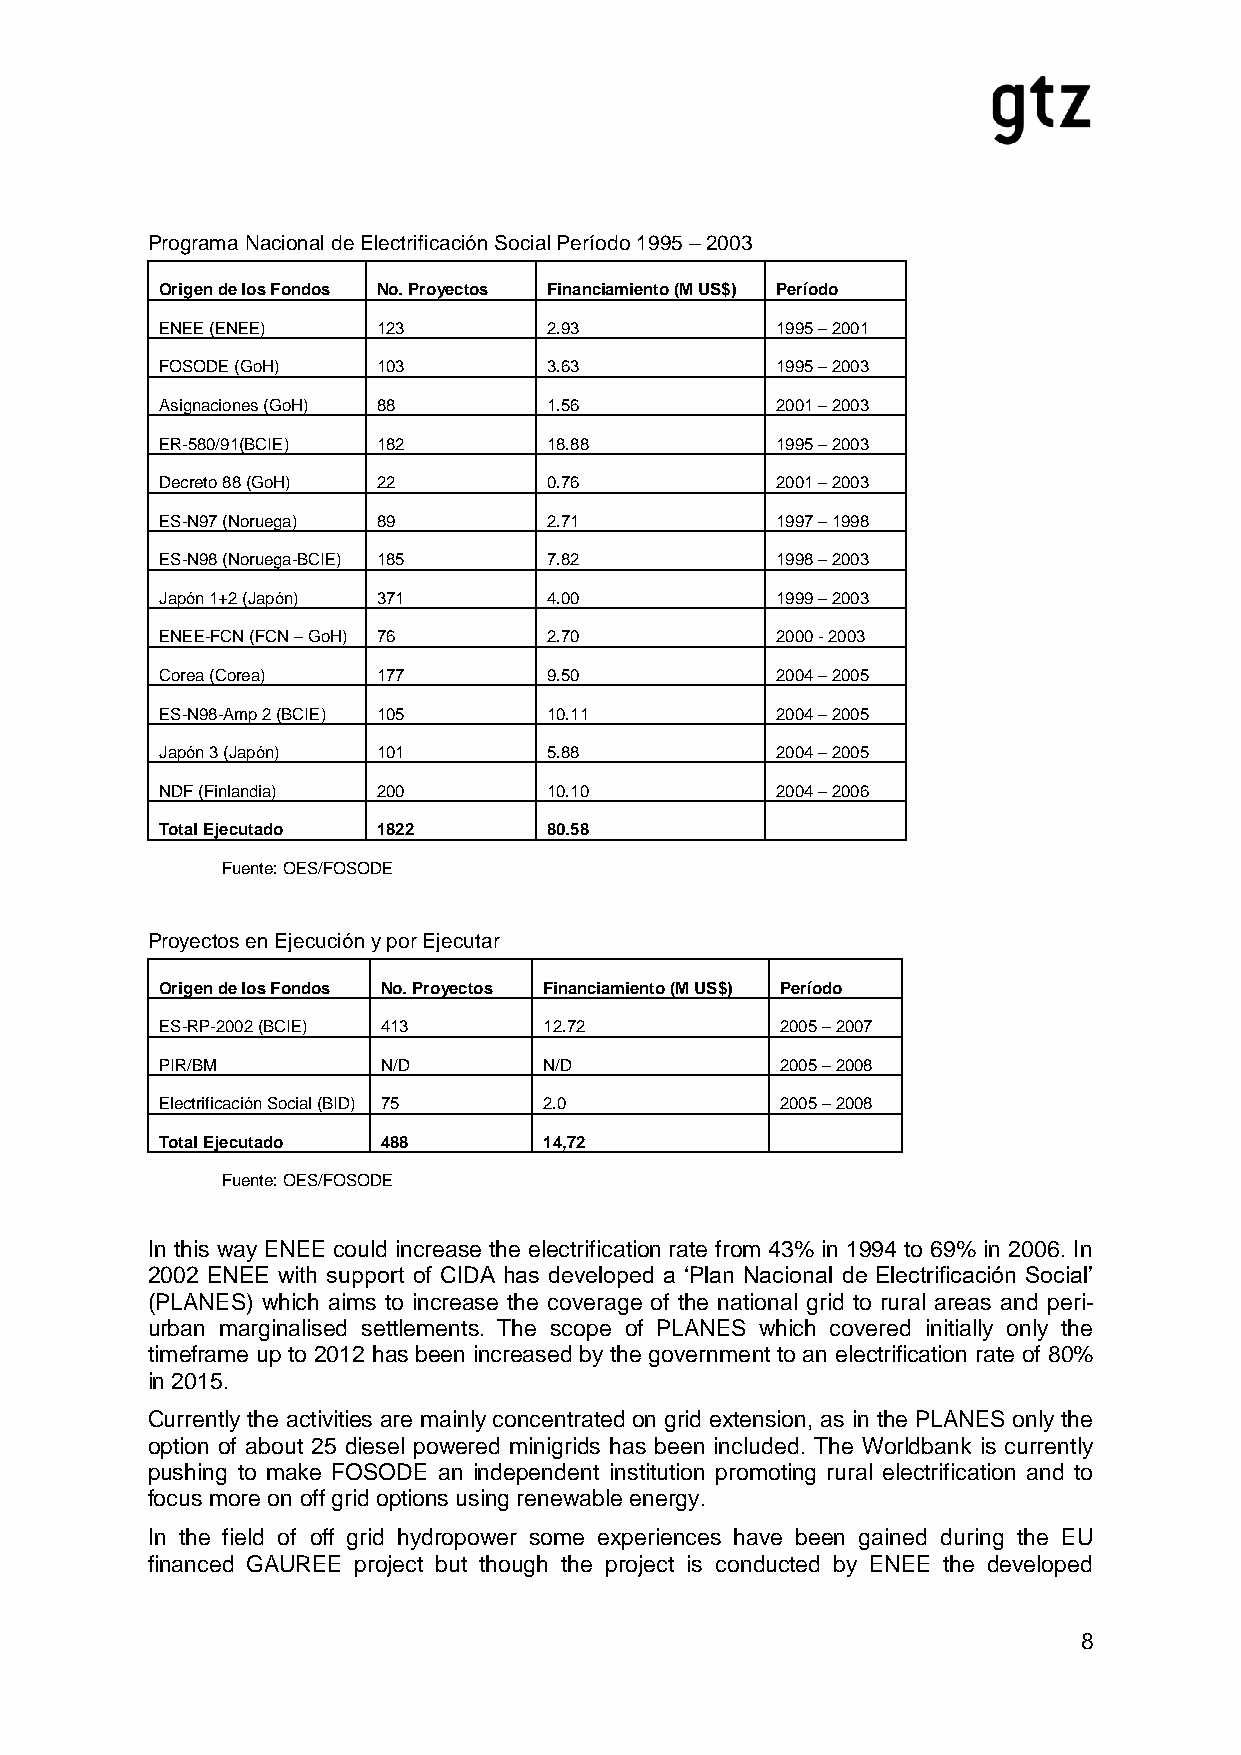
Programa Nacional de Electrificación Social Período 1995 – 2003
 Origen de los Fondos No. Proyectos Financiamiento (M US$) Período
 ENEE (ENEE)   123        2.93           1995 – 2001
 FOSODE (GoH)  103        3.63           1995 – 2003
 Asignaciones (GoH) 88    1.56           2001 – 2003
 ER-580/91(BCIE) 182      18.88          1995 – 2003
 Decreto 88 (GoH) 22      0.76           2001 – 2003
 ES-N97 (Noruega) 89      2.71           1997 – 1998
 ES-N98 (Noruega-BCIE) 185 7.82          1998 – 2003
 Japón 1+2 (Japón) 371    4.00           1999 – 2003
 ENEE-FCN (FCN – GoH) 76  2.70           2000 - 2003
 Corea (Corea) 177        9.50           2004 – 2005
 ES-N98-Amp 2 (BCIE) 105  10.11          2004 – 2005
 Japón 3 (Japón) 101      5.88           2004 – 2005
 NDF (Finlandia) 200      10.10          2004 – 2006
 Total Ejecutado 1822     80.58
 Fuente: OES/FOSODE
 Proyectos en Ejecución y por Ejecutar
 Origen de los Fondos No. Proyectos Financiamiento (M US$) Período
 ES-RP-2002 (BCIE) 413    12.72           2005 – 2007
 PIR/BM        N/D        N/D             2005 – 2008
 Electrificación Social (BID) 75 2.0      2005 – 2008
 Total Ejecutado 488      14,72
 Fuente: OES/FOSODE
 In this way ENEE could increase the electrification rate from 43% in 1994 to 69% in 2006. In
 2002 ENEE with support of CIDA has developed a ‘Plan Nacional de Electrificación Social’
 (PLANES) which aims to increase the coverage of the national grid to rural areas and peri-
 urban marginalised settlements. The scope of PLANES which covered initially only the
 timeframe up to 2012 has been increased by the government to an electrification rate of 80%
 in 2015.
 Currently the activities are mainly concentrated on grid extension, as in the PLANES only the
 option of about 25 diesel powered minigrids has been included. The Worldbank is currently
 pushing to make FOSODE an independent institution promoting rural electrification and to
 focus more on off grid options using renewable energy.
 In the field of off grid hydropower some experiences have been gained during the EU
 financed GAUREE project but though the project is conducted by ENEE the developed
 8